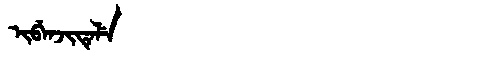
Manchu: ᡳᠪᡝᠨᠵᡳᡨᡝᠯᡝ
Romanization: IBENJITELE